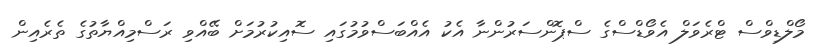
މޯލްޑިވްސް ޓްރެވަލް އެވޯޑްސްގެ ސްޕޮންސަރުންނާ އެކު އެއްބަސްވުމުގައި ސޮއިކުރުމަށް ބޭއްވި ރަސްމިއްޔާތުގެ ތެރެއިން